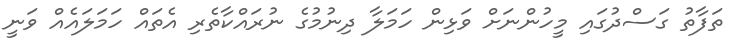
ތަފާތު ގަސްދުގައި މީހުންނަށް ވަޅިން ހަމަލާ ދިނުމުގެ ނުރައްކާތެރި އެތައް ހަމަލައެއް ވަނީ